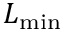
L _ { \mathrm { m i n } }